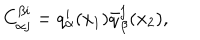
LaTeX: C _ { \alpha j } ^ { \beta i } = q _ { \alpha } ^ { i } ( x _ { 1 } ) \bar { q } _ { \beta } ^ { j } ( x _ { 2 } ) ,